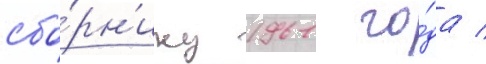
сбо́рн'ику 1961 го́да /